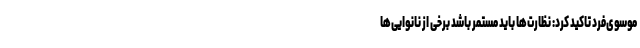
موسوی‌فرد تاکید کرد: ‌نظارت‌ها باید مستمر باشد برخی از نانوایی‌ها